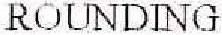
ROUNDING